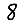
Digit: 8